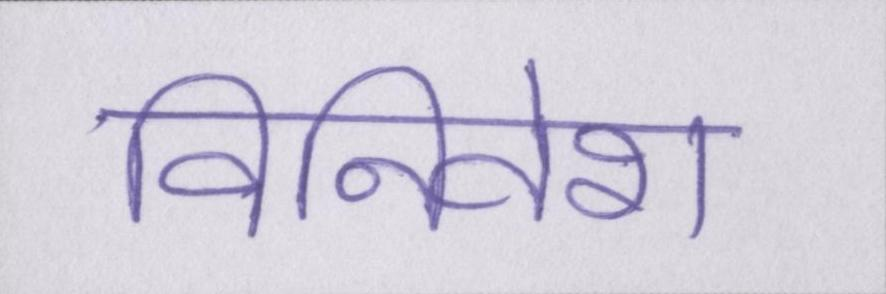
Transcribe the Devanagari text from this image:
विनिवेश